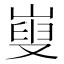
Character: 㟬